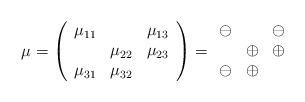
LaTeX: \begin{align*}\mu = \left( \begin{array}{ccc}\mu _{11} & & \mu _{13} \\ & \mu _{22} & \mu _{23} \\ \mu _{31} & \mu _{32} & \end{array} \right) = \begin{array}{ccc}\ominus & & \ominus \\ &\oplus & \oplus \\\ominus & \oplus & \end{array}\end{align*}